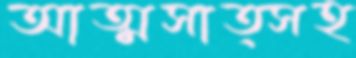
আত্মসাত্সহ